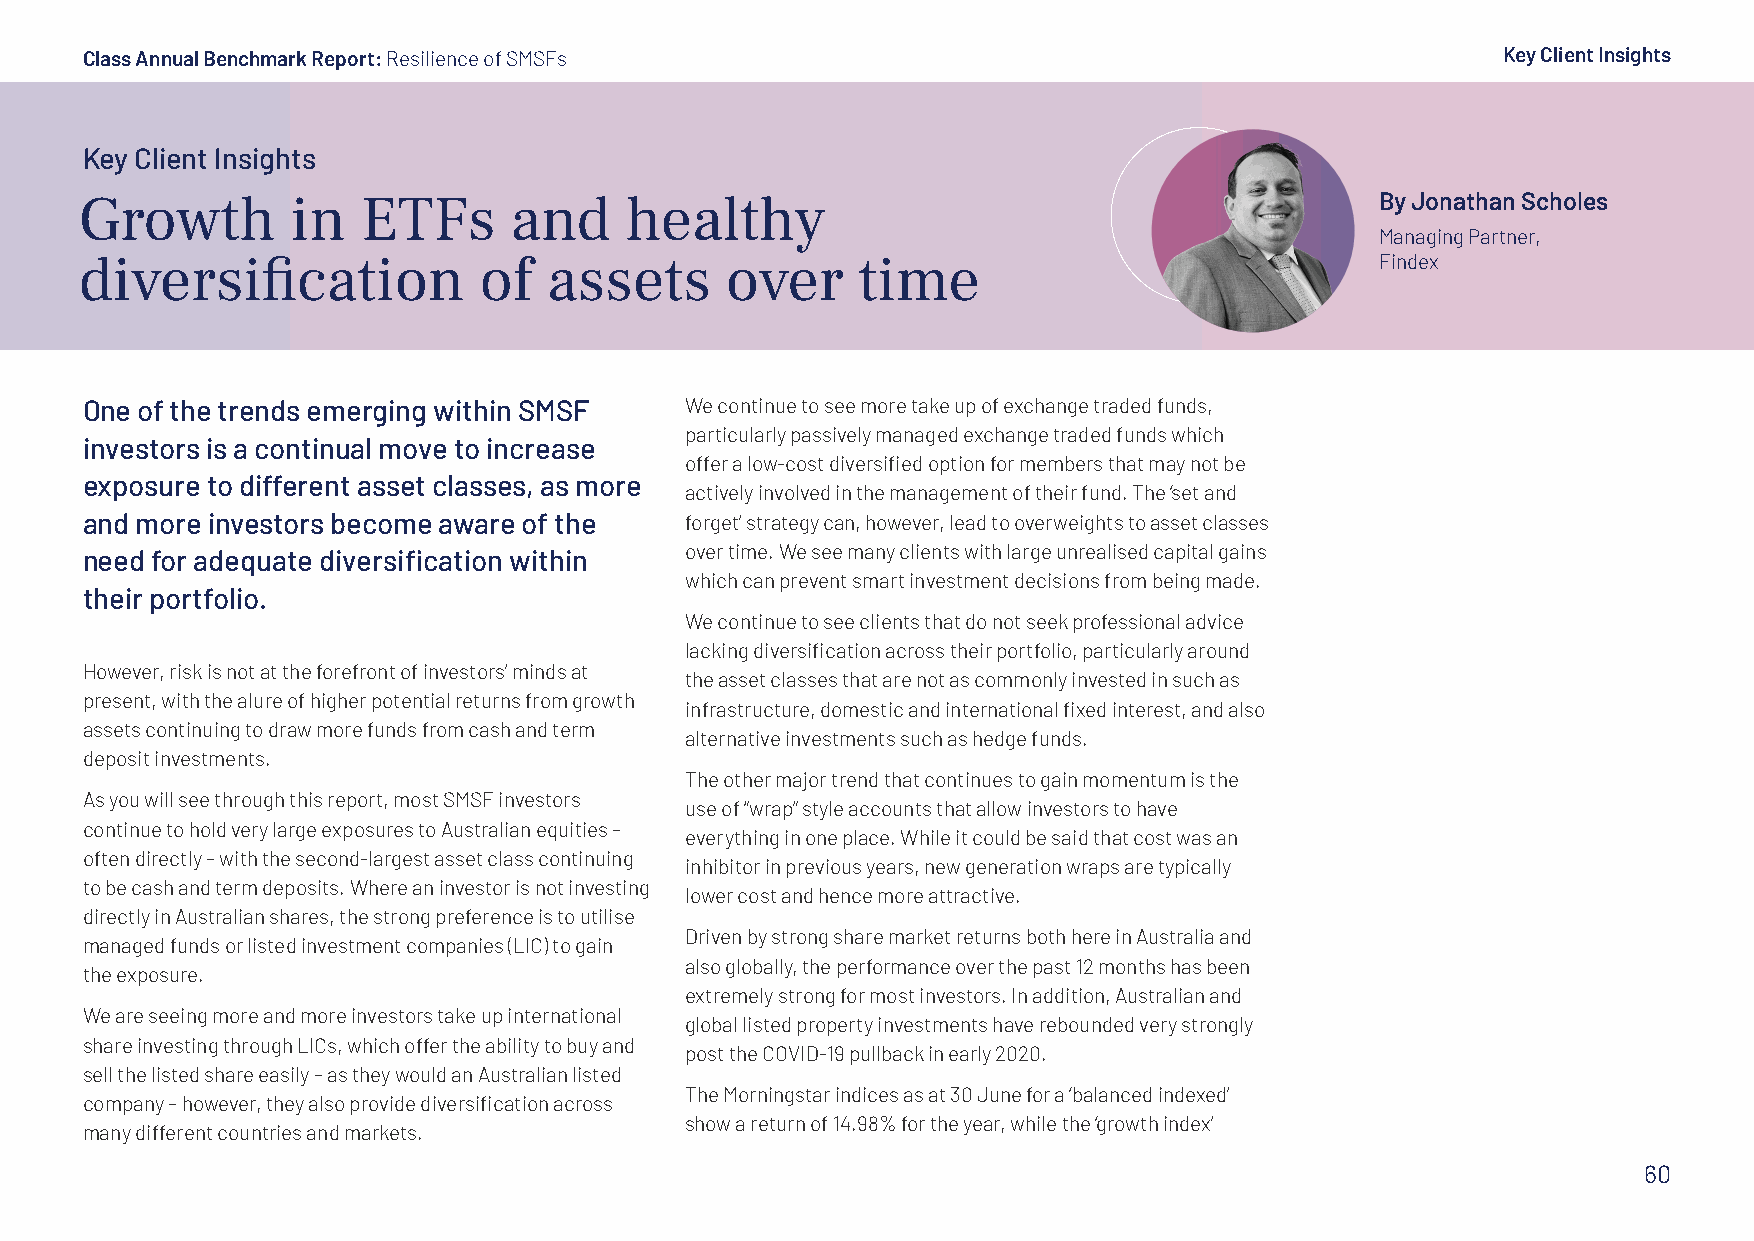
Class Annual Benchmark Report: Resilience of SMSFs                                             Key Client Insights
 Key Client Insights
 Growth        in   ETFs      and    healthy                                           By Jonathan Scholes
 Managing Partner,
 diversification            of  assets      over     time                              Findex
 One of the trends emerging within SMSF  We continue to see more take up of exchange traded funds,
 particularly passively managed exchange traded funds which
 investors is a continual move to increase
 offer a low-cost diversified option for members that may not be
 exposure to different asset classes, as more
 actively involved in the management of their fund. The ‘set and
 and more investors become aware of the  forget’ strategy can, however, lead to overweights to asset classes
 need for adequate diversification within over time. We see many clients with large unrealised capital gains
 which can prevent smart investment decisions from being made.
 their portfolio.
 We continue to see clients that do not seek professional advice
 lacking diversification across their portfolio, particularly around
 However, risk is not at the forefront of investors’ minds at
 the asset classes that are not as commonly invested in such as
 present, with the alure of higher potential returns from growth
 infrastructure, domestic and international fixed interest, and also
 assets continuing to draw more funds from cash and term
 alternative investments such as hedge funds.
 deposit investments.
 The other major trend that continues to gain momentum is the
 As you will see through this report, most SMSF investors
 use of “wrap” style accounts that allow investors to have
 continue to hold very large exposures to Australian equities –
 everything in one place. While it could be said that cost was an
 often directly – with the second-largest asset class continuing
 inhibitor in previous years, new generation wraps are typically
 to be cash and term deposits. Where an investor is not investing
 lower cost and hence more attractive.
 directly in Australian shares, the strong preference is to utilise
 Driven by strong share market returns both here in Australia and
 managed funds or listed investment companies (LIC) to gain
 also globally, the performance over the past 12 months has been
 the exposure.
 extremely strong for most investors. In addition, Australian and
 We are seeing more and more investors take up international
 global listed property investments have rebounded very strongly
 share investing through LICs, which offer the ability to buy and
 post the COVID-19 pullback in early 2020.
 sell the listed share easily – as they would an Australian listed
 The Morningstar indices as at 30 June for a ‘balanced indexed’
 company – however, they also provide diversification across
 show a return of 14.98% for the year, while the ‘growth index’
 many different countries and markets.
 60